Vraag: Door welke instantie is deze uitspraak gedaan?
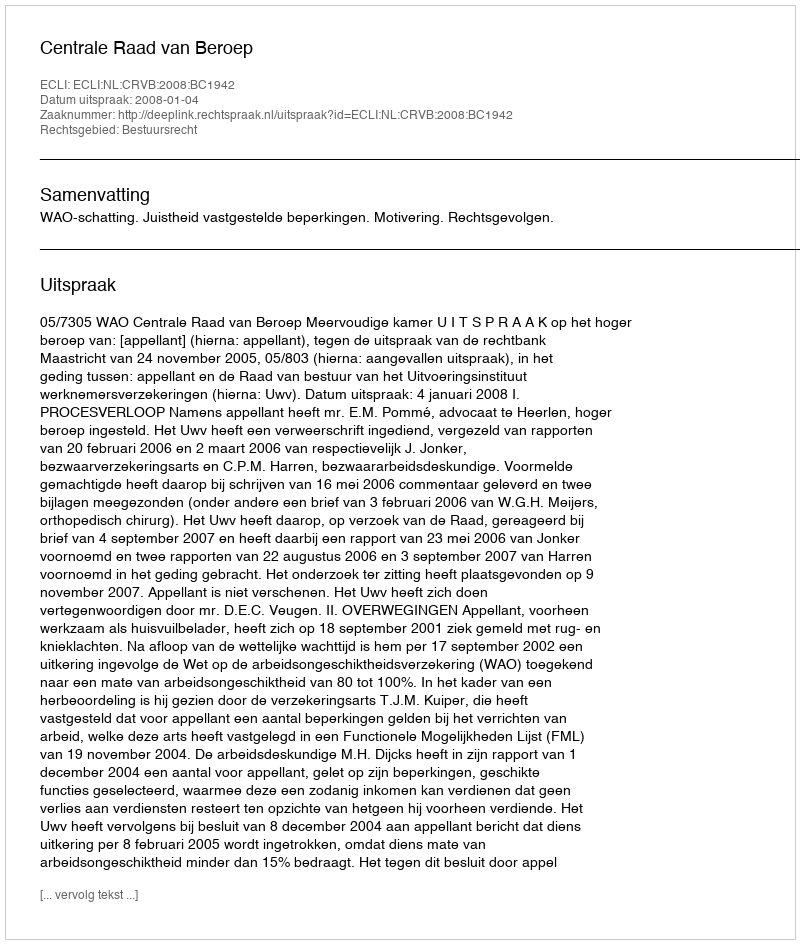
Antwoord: Centrale Raad van Beroep